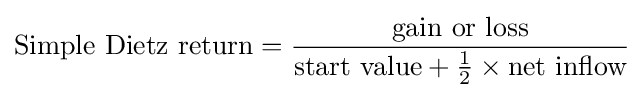
{\text{Simple Dietz return}}={\frac {\text{gain or loss}}{{\text{start value}}+{\frac {1}{2}}\times {\text{net inflow}}}}